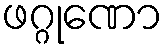
ဖဂ္ဂုဏော